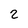
Character: 2